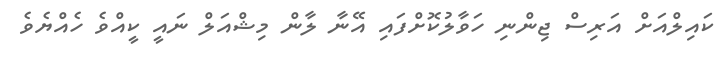
ކައިލްއަށް އަރިސް ޖިންނި ހަވާލުކޮށްފައި އޭނާ ލާން މިޝްއަލް ނައީ ކީއްވެ ހެއްޔެވެ